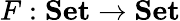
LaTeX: F:\mathrm{\mathbf{Set}}\to\mathrm{\mathbf{Set}}